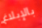
بالإبلاغ